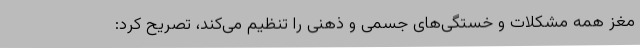
مغز همه مشکلات و خستگی‌های جسمی و ذهنی را تنظیم می‌کند، تصریح کرد: